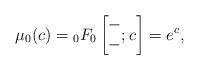
LaTeX: \begin{gather*}\mu_{0}(c) ={}_{0}F_{0}\left[\begin{matrix}-\\-\end{matrix};c\right] =e^{c},\end{gather*}